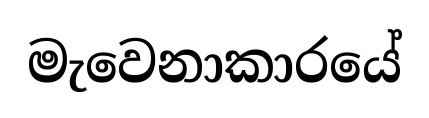
මැවෙනාකාරයේ